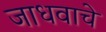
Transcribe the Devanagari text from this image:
जाधवाचे